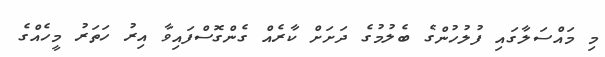
މި މައްސަލާގައި ފުލުހުންގެ ބެލުމުގެ ދަށަށް ކާރެއް ގެންގޮސްފައިވާ އިރު ހަތަރު މީހެއްގެ